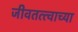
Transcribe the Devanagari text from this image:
जीवतत्त्वाच्या